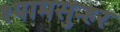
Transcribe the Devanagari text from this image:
श्यामसुन्हर